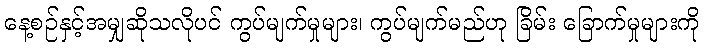
နေ့စဉ်နှင့်အမျှဆိုသလိုပင် ကွပ်မျက်မှုများ၊ ကွပ်မျက်မည်ဟု ခြိမ်း ခြောက်မှုများကို